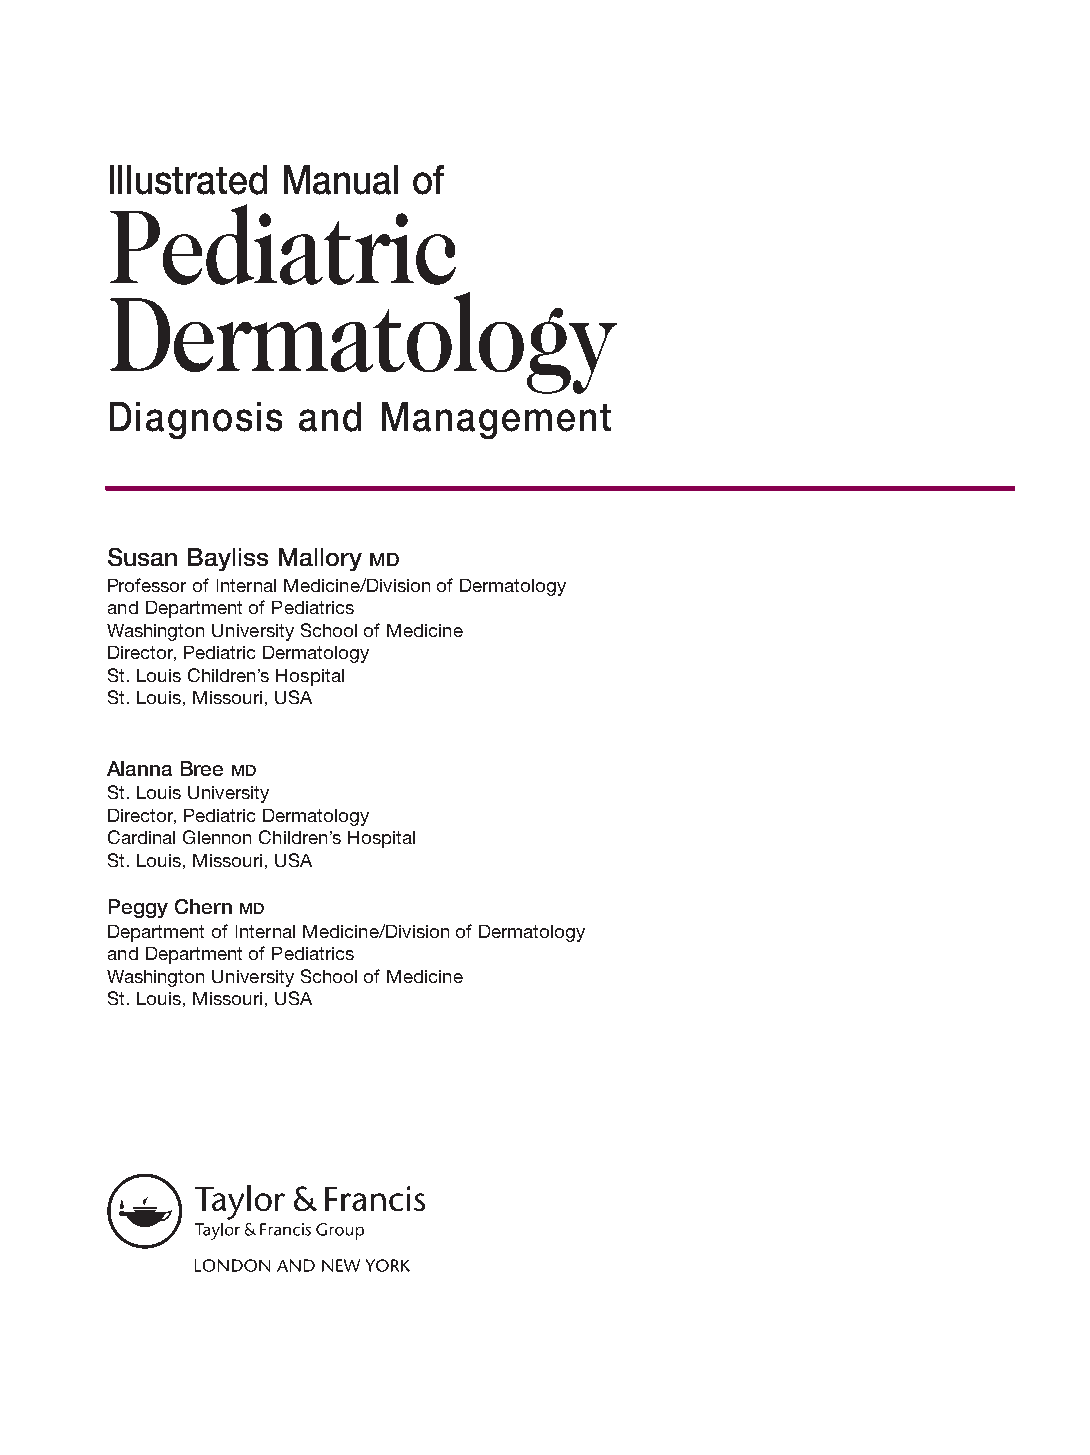
Mallory Prelims 27/1/05 1:16 pm Page iii
 Illustrated Manual  of
 Pediatric
 Dermatology
 Diagnosis    and  Management
 Susan Bayliss Mallory MD
 Professor of Internal Medicine/Division of Dermatology
 and Department of Pediatrics
 Washington University School of Medicine
 Director, Pediatric Dermatology
 St. Louis Children’s Hospital
 St. Louis, Missouri, USA
 Alanna Bree MD
 St. Louis University
 Director, Pediatric Dermatology
 Cardinal Glennon Children’s Hospital
 St. Louis, Missouri, USA
 Peggy Chern MD
 Department of Internal Medicine/Division of Dermatology
 and Department of Pediatrics
 Washington University School of Medicine
 St. Louis, Missouri, USA